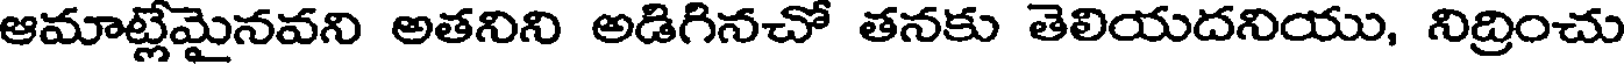
ఆమాట్లేమైనవని అతనిని అడిగినచో తనకు తెలియదనియు, నిద్రించు